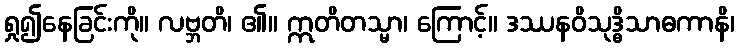
ရှု၍နေခြင်းကို။ လဗ္ဘတိ၊ ၏။ ဣတိတသ္မာ၊ ကြောင့်။ ဒဿနဝိသုဒ္ဓိသာဓကာနိ၊